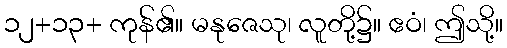
၁၂+၁၃+ ကုန်၏။ မနုဇေသု၊ လူတို့၌။ ဧဝံ၊ ဤသို့။